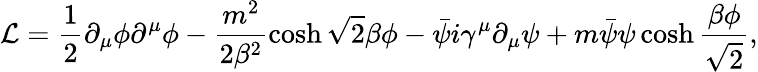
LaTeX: {\cal L}=\frac 12\partial_{\mu}\phi\partial^{\mu}\phi-\frac{m^{2}}{2\beta^{2}}\cosh\sqrt 2\beta\phi-\bar{\psi}i\gamma^{\mu}\partial_{\mu}\psi+m\bar{\psi}\psi\cosh\frac{\beta\phi}{\sqrt 2},